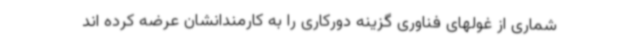
شماری از غولهای فناوری گزینه دورکاری را به کارمندانشان عرضه کرده اند